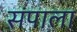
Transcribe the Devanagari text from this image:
संपाला